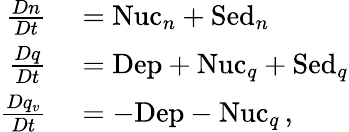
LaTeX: \begin{array}{rl}{{\frac{Dn}{Dt}}}&{{}=\mathrm{Nuc}_{n}+\mathrm{Sed}_{n}}\\ {{\frac{Dq}{Dt}}}&{{}=\mathrm{Dep}+\mathrm{Nuc}_{q}+\mathrm{Sed}_{q}}\\ {{\frac{Dq_{v}}{Dt}}}&{{}=-\mathrm{Dep}-\mathrm{Nuc}_{q}\, ,}\end{array}